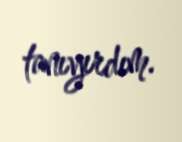
tanıyırdım.